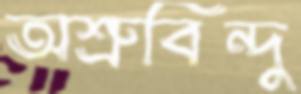
অশ্রুবিন্দু